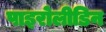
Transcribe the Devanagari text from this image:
पाइरोलीडिन